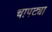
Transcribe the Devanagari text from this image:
चापट्या